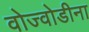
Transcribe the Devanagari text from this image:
वोज्वोडीना